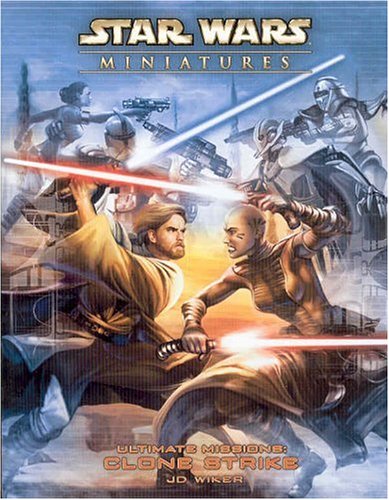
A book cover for Star Wars Miniatures Ultimate Missions: Clone Strike: A Star Wars Miniatures Game Product (Star Wars Miniatures Product); Wizards Team; Science Fiction & Fantasy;